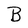
Character: B